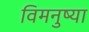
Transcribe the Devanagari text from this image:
विमनुष्या